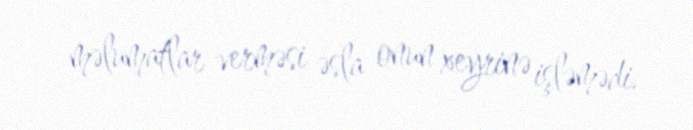
məlumatlar verməsi əsla onun xeyrinə işləmədi.